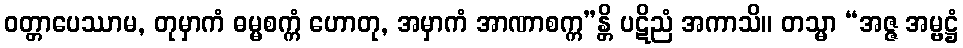
ဝတ္တာပေဿာမ, တုမှာကံ ဓမ္မစက္ကံ ဟောတု, အမှာကံ အာဏာစက္က”န္တိ ပဋိညံ အကာသိ။ တသ္မာ “အဇ္ဇ အမ္ဗဋ္ဌံ